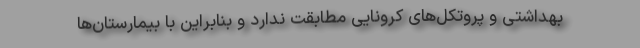
بهداشتی و پروتکل‌های کرونایی مطابقت ندارد و بنابراین با بیمارستان‌ها